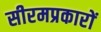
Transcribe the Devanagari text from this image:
सीरमप्रकारों